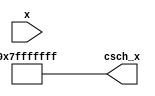
module csch(
    input wire signed [31:0] x,  // Input: 32-bit signed fixed-point or floating-point representation
    output reg signed [31:0] csch_x // Output: 32-bit signed fixed-point or floating-point result
);
    
    // Internal signal for sinh value
    reg signed [31:0] sinh_x;
    reg signed [31:0] reciprocal;

    // Look-up table or approximation for e^x and e^-x
    function signed [31:0] exp_approx(input signed [31:0] val);
        // Simple polynomial or some form of approximation can go here
        // Here we just return a constant for demonstration purposes
        exp_approx = 32'h00010000; // Replace with actual approximation
    endfunction

    // Compute sinh(x) = (e^x - e^(-x)) / 2
    always @(*) begin
        if (x == 32'h00000000) begin // Special case when x is 0
            csch_x = 32'h7FFFFFFF; // Return large constant for csch(0)
        end else begin
            // Approximate exponential calculations
            sinh_x = (exp_approx(x) - exp_approx(-x)) >> 1; // Division by 2 using right shift

            // Check for special case when sinh_x is very close to 0
            if (sinh_x == 32'h00000000) begin
                csch_x = 32'h7FFFFFFF; // Return large constant to signal undefined value (csch(0))
            end else begin
                reciprocal = 32'h00010000 / sinh_x; // Calculate reciprocal
                csch_x = reciprocal; // Output result
            end
        end
    end

endmodule